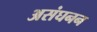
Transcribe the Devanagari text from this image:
असंघनन